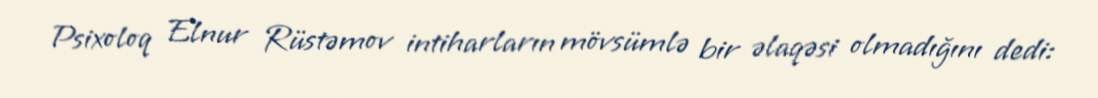
Psixoloq Elnur Rüstəmov intiharların mövsümlə bir əlaqəsi olmadığını dedi: